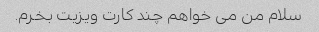
سلام من می خواهم چند کارت ویزیت بخرم.